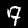
Digit: 7